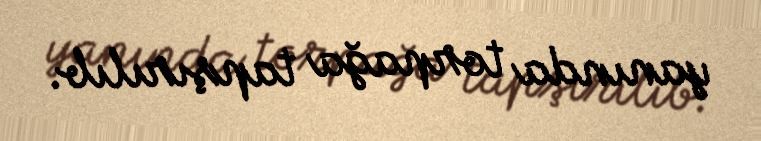
yanında torpağa tapşırılıb.